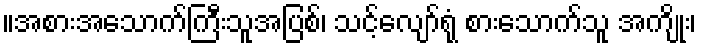
။အစားအသောက်ကြီးသူအပြစ်၊ သင့်လျော်ရုံ စားသောက်သူ အကျိုး၊